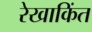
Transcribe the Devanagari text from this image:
रेखाकिंत